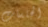
الجلسات